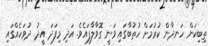
ތިބިކަން ހަނދާން ކުރުމަށް ހުތުބާގައި ވަނީ ގޮވާލާފައެވެ. އަދި މިފަދަ އީދު ދުވަހެއްގައި